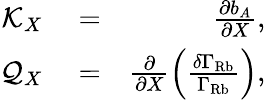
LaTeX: \begin{array}{rlr}{\mathcal{K}_{X}}&{{}=}&{\frac{\partial b_{A}}{\partial X},}\\ {\mathcal{Q}_{X}}&{{}=}&{\frac{\partial}{\partial X}\left(\frac{\delta\Gamma_{\mathrm{Rb}}}{\Gamma_{\mathrm{Rb}}}\right),}\end{array}